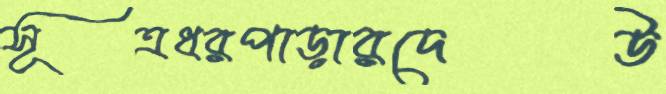
সূত্রধরপাড়ারদেউ